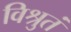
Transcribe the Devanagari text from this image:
विश्रुतं